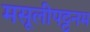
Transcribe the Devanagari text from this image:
मसूलीपट्टनम